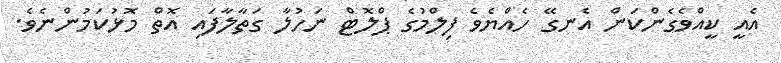
އެއީ ކީއްވެގެންކަން އެނގޭ ހެއްޔެވެ ފިލްމުގެ ޕްލޮޓް ނަހުލާ ގަތާލާފައި އޮތް މޮޅުކަމުންނެވެ.